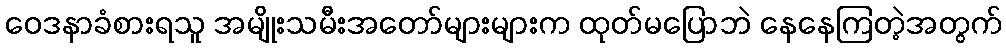
ဝေဒနာခံစားရသူ အမျိုးသမီးအတော်များများက ထုတ်မပြောဘဲ နေနေကြတဲ့အတွက်